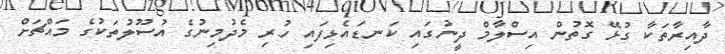
ދާއިރާތަކާ ގުޅޭ ގޮތުން އިސްލާމް ދީނުގައި ކަނޑައެޅިފައި ހުރި މެދުމިނުގެ އުސޫލުތަކުގެ މައްޗަށް